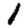
Digit: 1